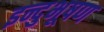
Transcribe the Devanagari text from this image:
इन्दुभूषण